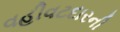
વહીવટદારની